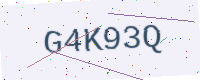
Text: G4K93Q